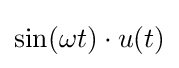
\sin(\omega t)\cdot u(t)